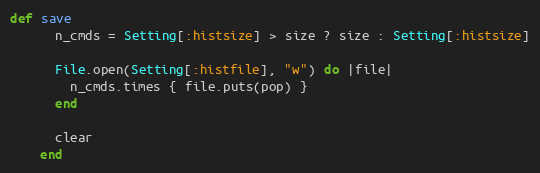
Language: Ruby
def save
      n_cmds = Setting[:histsize] > size ? size : Setting[:histsize]

      File.open(Setting[:histfile], "w") do |file|
        n_cmds.times { file.puts(pop) }
      end

      clear
    end